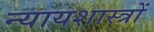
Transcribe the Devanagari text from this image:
न्यायशास्त्रों